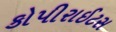
કોપીરાઈટસ